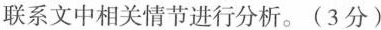
联系文中相关情节进行分析。(3分)